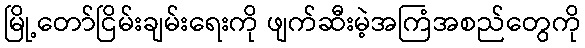
မြို့တော်ငြိမ်းချမ်းရေးကို ဖျက်ဆီးမဲ့အကြံအစည်တွေကို